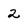
Character: 2